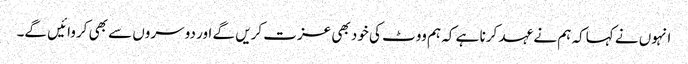
انہوں نے کہاکہ ہم نے عہد کرنا ہے کہ ہم ووٹ کی خود بھی عزت کریں گے اور دوسروں سے بھی کروائیں گے۔